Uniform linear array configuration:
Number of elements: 8
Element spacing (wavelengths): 0.75
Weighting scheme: hamming
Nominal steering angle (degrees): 0
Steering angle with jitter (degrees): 1.94
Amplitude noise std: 0.05
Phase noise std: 0.05

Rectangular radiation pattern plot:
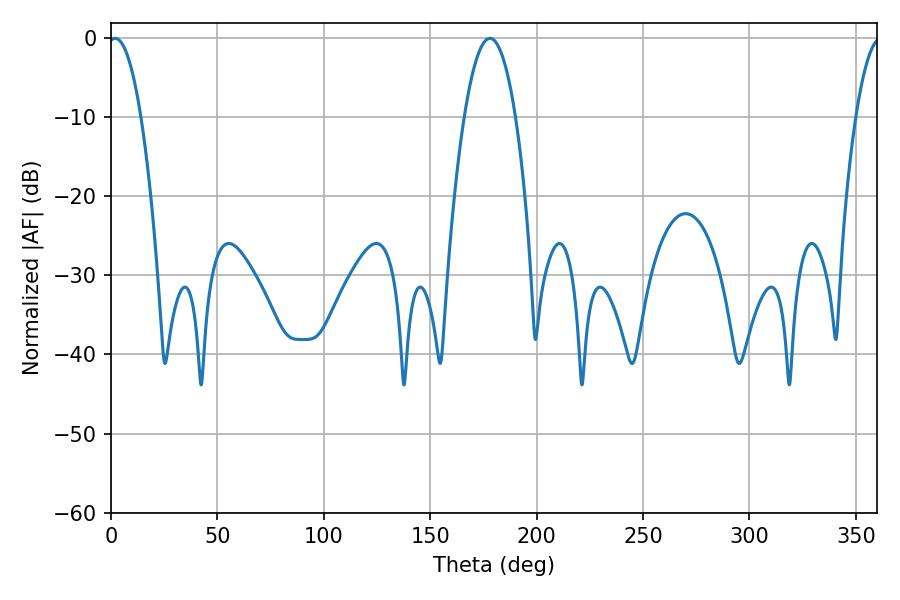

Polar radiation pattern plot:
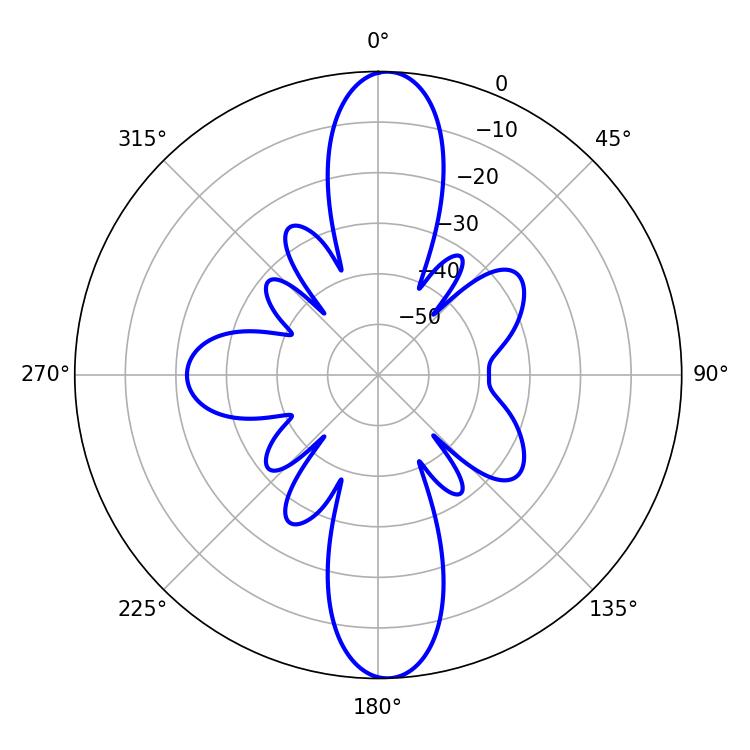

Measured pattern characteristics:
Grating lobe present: TRUE
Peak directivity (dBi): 21.056
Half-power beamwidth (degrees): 8.64
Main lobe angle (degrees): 1.98